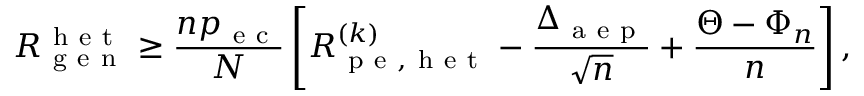
R _ { \mathrm { ~ g ~ e ~ n ~ } } ^ { \mathrm { ~ h ~ e ~ t ~ } } \geq \frac { n p _ { \mathrm { ~ e ~ c ~ } } } { N } \left[ R _ { \mathrm { ~ p ~ e ~ , ~ h ~ e ~ t ~ } } ^ { ( k ) } - \frac { \Delta _ { \mathrm { ~ a ~ e ~ p ~ } } } { \sqrt { n } } + \frac { \Theta - \Phi _ { n } } { n } \right] ,